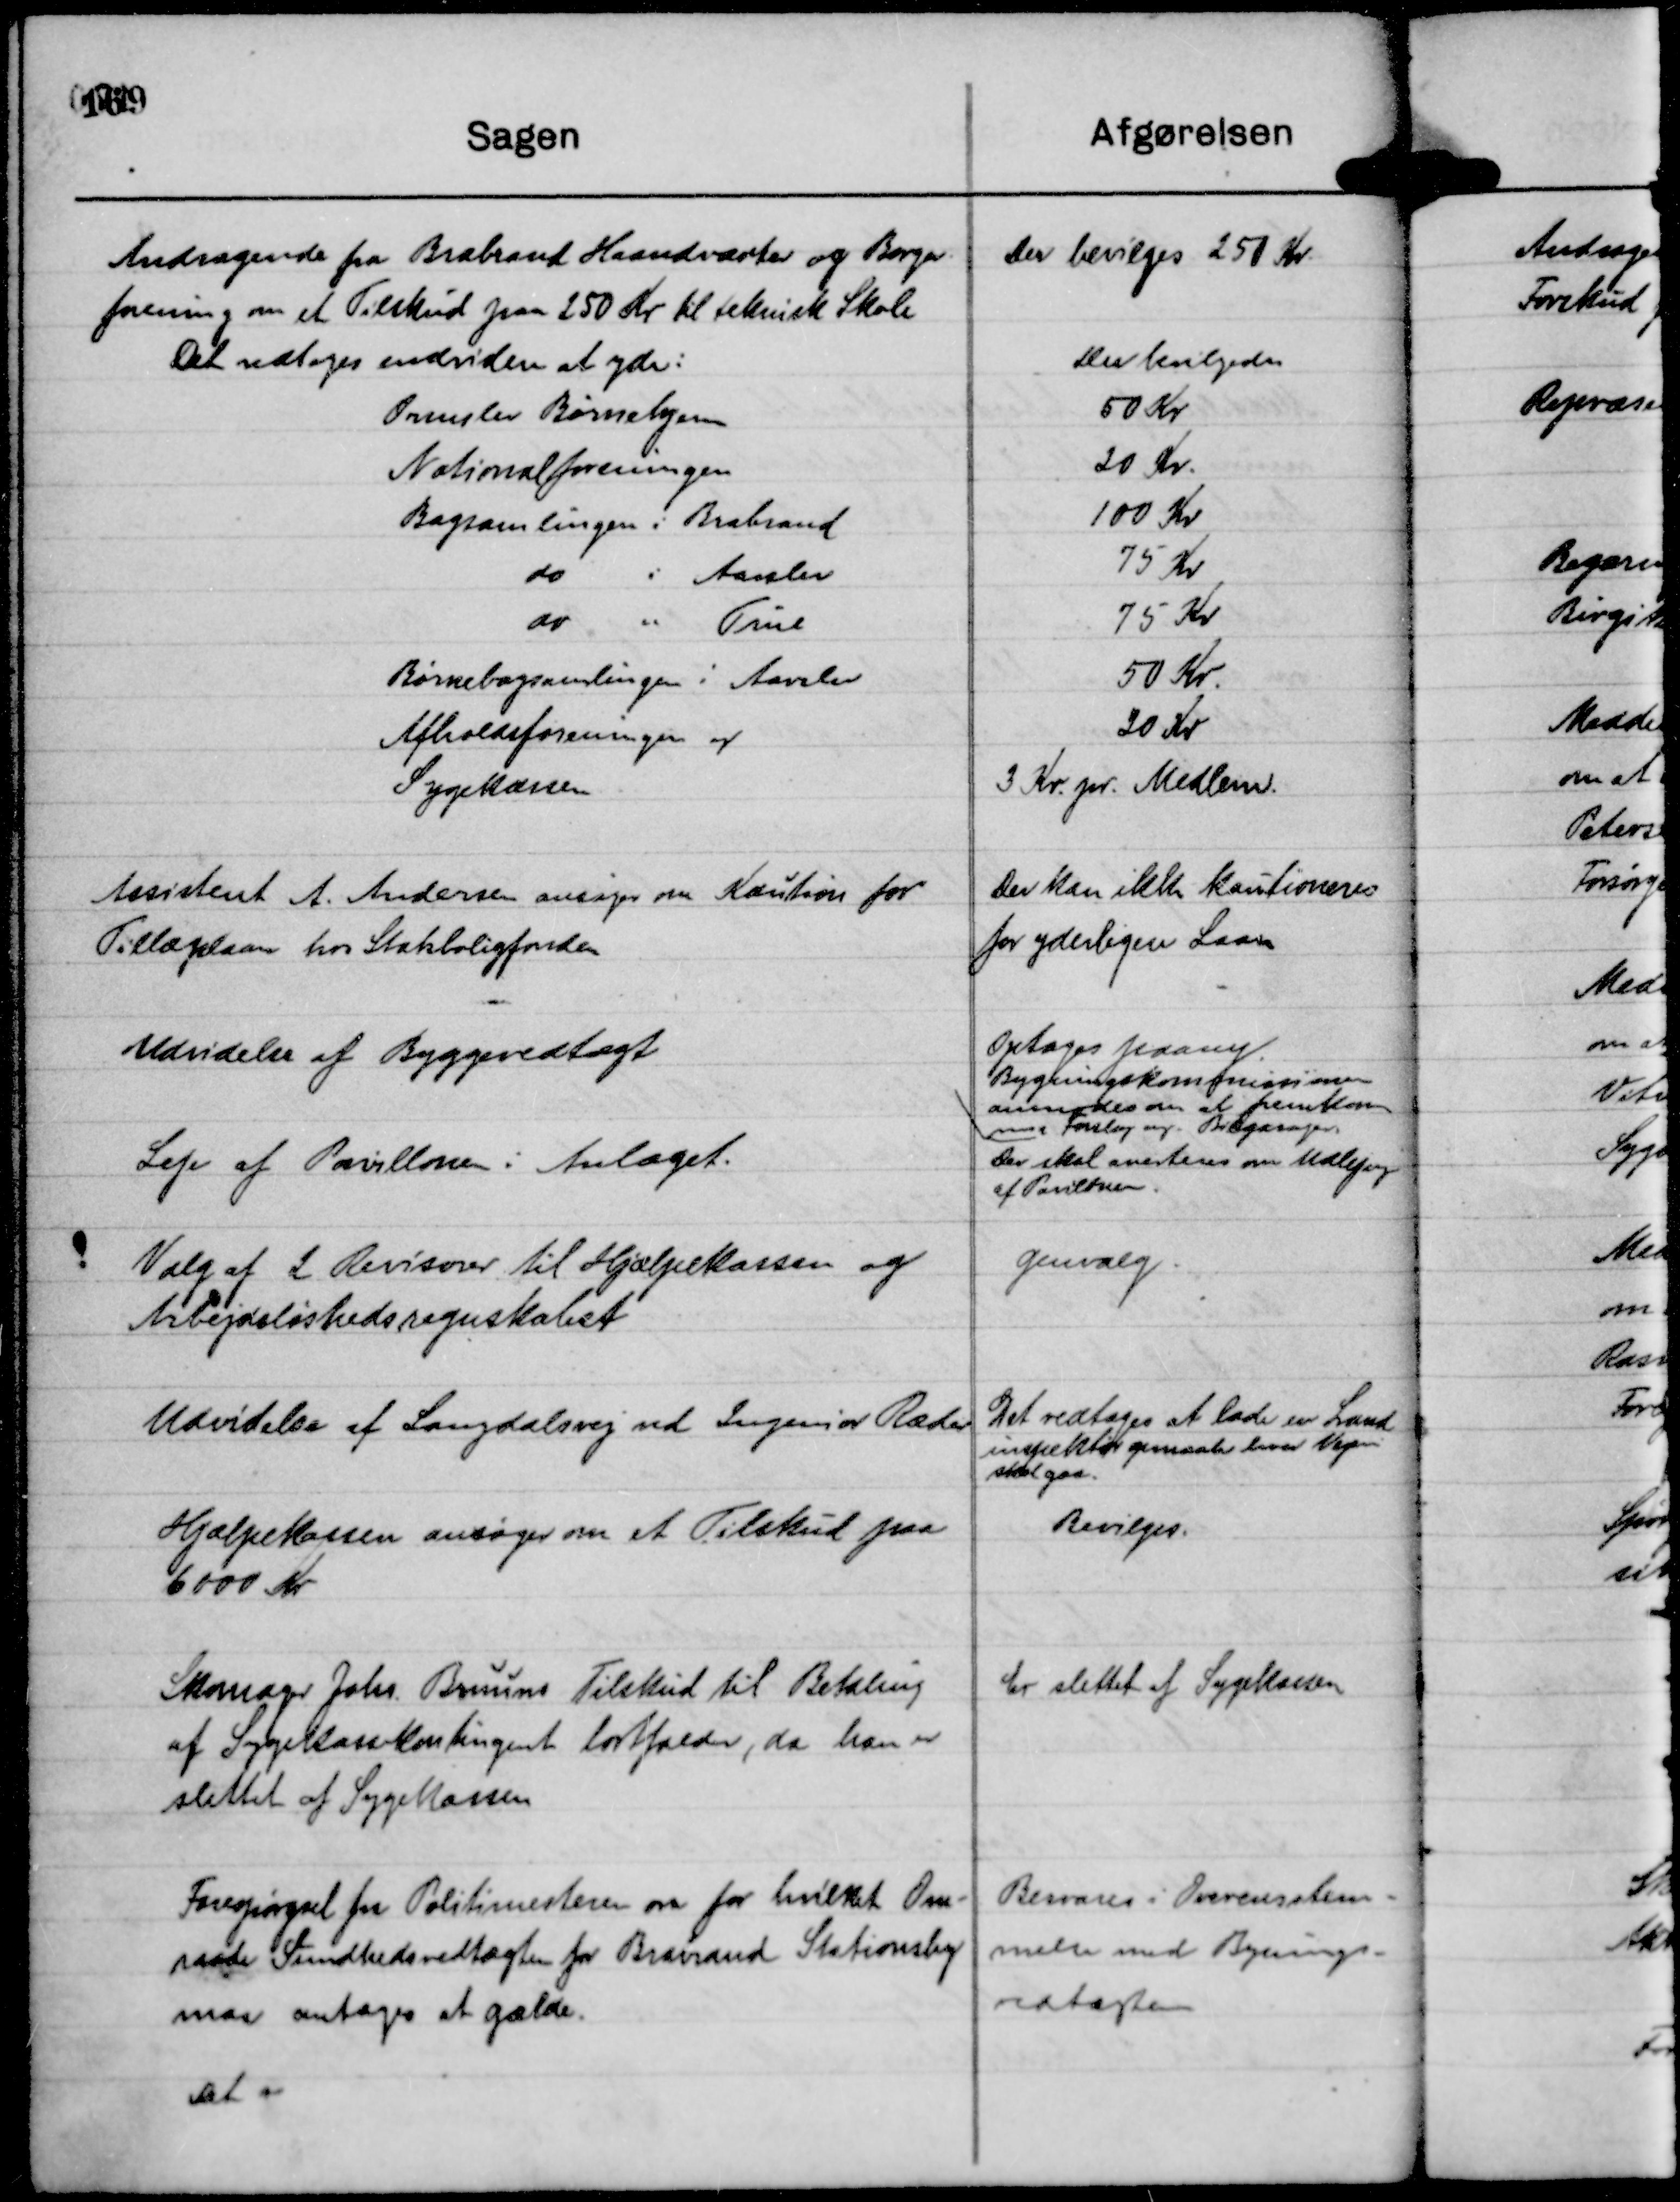
Transskription:
Assistent A. Andersen ansøger om Kaution for
Tillægslaan hos Statsboligfonden

Der kan ikke kautioneres
for yderligere Laan

Udvidelse af Byggevedtægt

Optages paany.
Bygningskommissionen
anmodes om at fremkom
med Forslag ang. Bilgarager.

Leje af Pavillonen i Anlæget.

Der skal averteres om Udlejng
af Pavilonen.

Valg af 2 Revisorer til Hjælpekassen og
Arbejdsløshedsregnskabet

genvalg.

Udvidelse af Langdalsvej ved Ingeniør Ræder

Det vedtages at lade en Land
inspektør genmaaler hvor Vejen
skal gaa.

Hjælpekassen ansøger om et Tilskud paa
6000 Kr

Bevilges.

Skomager Johs. Bruuns Tilskud til Betaling
af Sygekassekontingent bortfalder, da han er
slettet af Sygekassen

Er slettet af Sygekassen

Forespørgsel fra Politimesteren om for hvilket Om-
raade Sundhedsvedtægten for Brabrand Stationsby
maa antages at gælde.
Det er

Besvares i Overensstem-
melse med Bygnings-
vedtægten